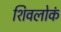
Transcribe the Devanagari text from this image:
शिवलोकं